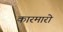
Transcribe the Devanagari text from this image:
कारमारो